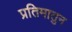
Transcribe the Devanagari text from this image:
प्रतिमातुन